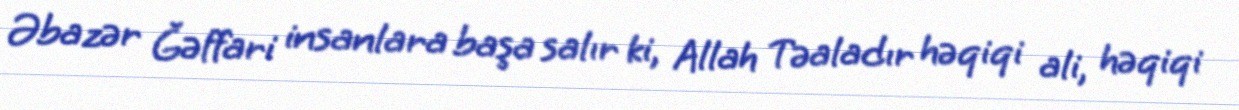
Əbazər Ğəffari insanlara başa salır ki, Allah Təaladır həqiqi ali, həqiqi